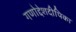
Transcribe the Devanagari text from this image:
गणोद्देशदीपिका